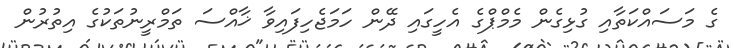
ގެ މަސައްކަތާއި ގުޅިގެން މެމްޕްގެ އެހީގައި ދޭން ހަމަޖެހިފައިވާ ޚާއްސަ ތަމްރީނުތަކުގެ އިތުރުން